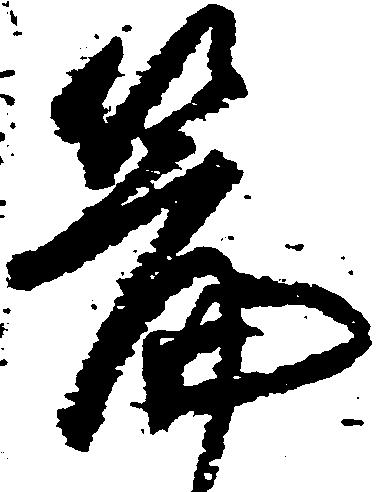
篇